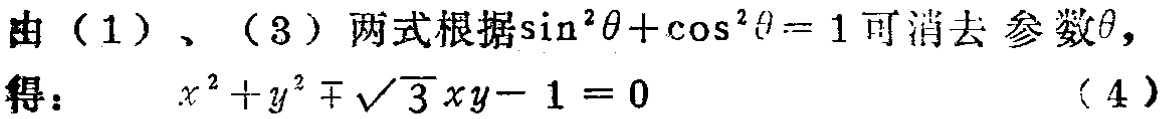
由（1）、（3）两式根据\(\sin^{2}\theta+\cos^{2}\theta = 1\)可消去 参数\(\theta\)，
得：\(x^{2}+y^{2}\mp\sqrt{3}xy - 1 = 0\) （4）